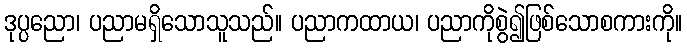
ဒုပ္ပညော၊ ပညာမရှိသောသူသည်။ ပညာကထာယ၊ ပညာကိုစွဲ၍ဖြစ်သောစကားကို။